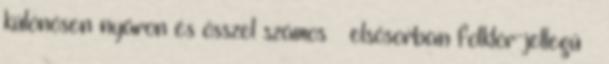
különösen nyáron és ősszel számos – elsősorban folklór-jellegű –